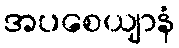
အပစေယျာနံ